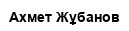
Ахмет Жұбанов